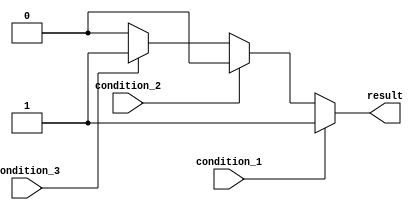
module multiple_if_else_statement (
    input wire condition_1,
    input wire condition_2,
    input wire condition_3,
    output reg result
);

always @* begin
    if (condition_1) begin
        // Code block for condition 1
        result = 1;
    end
    else if (condition_2) begin
        // Code block for condition 2
        result = 2;
    end
    else if (condition_3) begin
        // Code block for condition 3
        result = 3;
    end
    else begin
        // Default case if none of the conditions are true
        result = 0;
    end
end

endmodule